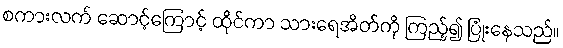
စကားလက် ဆောင့်ကြောင့် ထိုင်ကာ သားရေအိတ်ကို ကြည့်၍ ပြုံးနေသည်။